Regulations for the medical services of the Army of India
Year: 1930
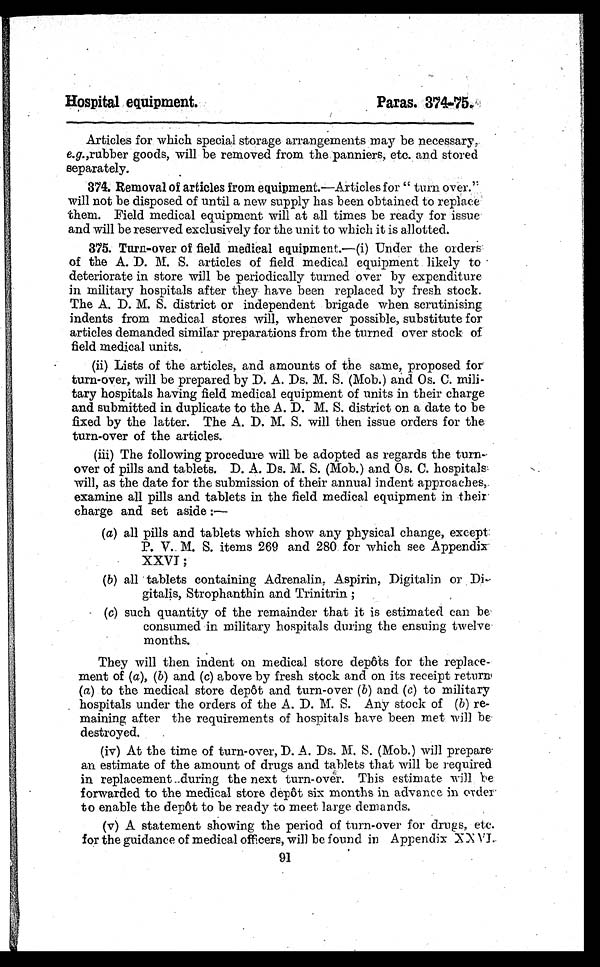
Hospital equipment.
Paras. 374-75.
Articles for which special storage arrangements may be necessary,
e.g. , rubber goods, will be removed from the panniers, etc. and stored
separately.
374. Removal of articles from equipment. —Articles for "turn over."
will not be disposed of until a new supply has been obtained to replace
them. Field medical equipment will at all times be ready for issue
and will be reserved exclusively for the unit to which it is allotted.
375. Turn-over of field medical equipment. —(i) Under the orders
of the A. D. M. S. articles of field medical equipment likely to
deteriorate in store will be periodically turned over by expenditure
in military hospitals after they have been replaced by fresh stock.
The A. D. M. S. district or independent brigade when scrutinising
indents from medical stores will, whenever possible, substitute for
articles demanded similar preparations from the turned over stock of
field medical units.
(ii) Lists of the articles, and amounts of the same, proposed for
turn-over, will be prepared by D. A. Ds. M. S. (Mob.) and Os. C. mili-
tary hospitals having field medical equipment of units in their charge
and submitted in duplicate to the A. D. M. S. district on a date to be
fixed by the latter. The A. D. M. S. will then issue orders for the
turn-over of the articles.
(iii) The following procedure will be adopted as regards the turn-
over of pills and tablets. D. A. Ds. M. S. (Mob.) and Os. C. hospitals
will, as the date for the submission of their annual indent approaches,
examine all pills and tablets in the field medical equipment in their
charge and set aside :-
(a) all pills and tablets which show any physical change, except
P. V. M. S. items 269 and 280 for which see Appendix
X X V I ;
(b) all tablets containing Adrenalin, Aspirin, Digitalin or Di-
gitalis, Strophanthin and Trinitrin;
(c) such quantity of the remainder that it is estimated can be
consumed in military hospitals during the ensuing twelve
months.
They will then indent on medical store depôts for the replace-
ment of (a), (b) and ( c) above by fresh stock and on its receipt return
( a) to the medical store depôt and turn-over (b) and (c) to military
hospitals under the orders of the A. D. M. S. Any stock of (b) re-
maining after the requirements of hospitals have been met will be
destroyed.
(iv) At the time of turn-over, D. A. Ds. M. S. (Mob.) will prepare
an estimate of the amount of drugs and tablets that will be required
in replacement during the next turn-over. This estimate will be
forwarded to the medical store depôt six months in advance in order
to enable the depôt to be ready to meet large demands.
(v) A statement showing the period of turn-over for drugs, etc.
for the guidance of medical officers, will be found in Appendix XXVI.
91